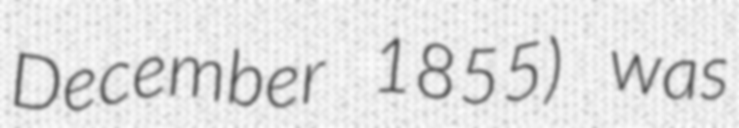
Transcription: December 1855) was